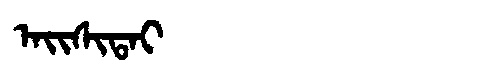
Manchu: ᠠᡳᠰᡳᡨᠠᡳ
Romanization: AISITAI